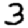
Digit: 3